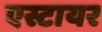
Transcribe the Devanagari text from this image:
एस्टायर